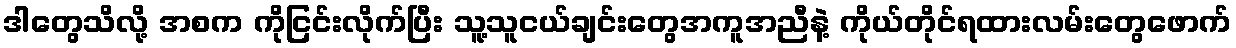
ဒါတွေသိလို့ အစက ကိုငြင်းလိုက်ပြီး သူ့သူငယ်ချင်းတွေအကူအညီနဲ့ ကိုယ်တိုင်ရထားလမ်းတွေဖောက်